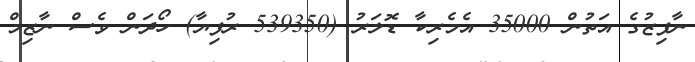
ނާފިޒުގެ އަތުން 35000 އެމެރިކާ ޑޮލަރު (539350 ރުފިޔާ) ހޯދަން ވެސް ނާޒިމް